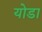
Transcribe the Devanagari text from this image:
योडा